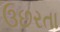
ઉછરતા